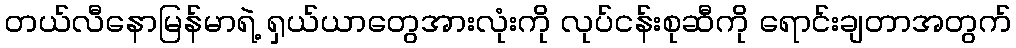
တယ်လီနောမြန်မာရဲ့ ရှယ်ယာတွေအားလုံးကို လုပ်ငန်းစုဆီကို ရောင်းချတာအတွက်